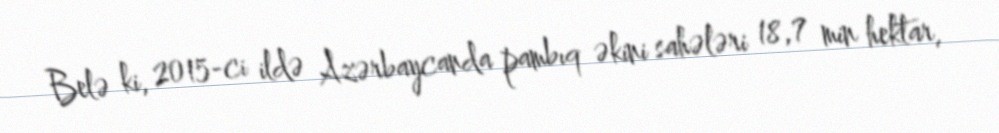
Belə ki, 2015-ci ildə Azərbaycanda pambıq əkini sahələri 18,7 min hektar,